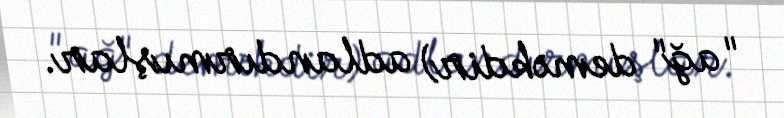
"ağ" deməkdir) adlandırmışlar.